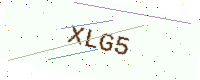
Text: XLG5